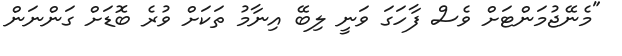
"މެނޭޖުމަންޓަށް ވެސް ފާހަގަ ވަނީ ލިބޭ އިނާމު ތަކަށް ވުރެ ބޮޑަށް ގަންނަން